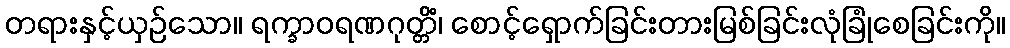
တရားနှင့်ယှဉ်သော။ ရက္ခာဝရဏဂုတ္တိံ၊ စောင့်ရှောက်ခြင်းတားမြစ်ခြင်းလုံခြုံစေခြင်းကို။